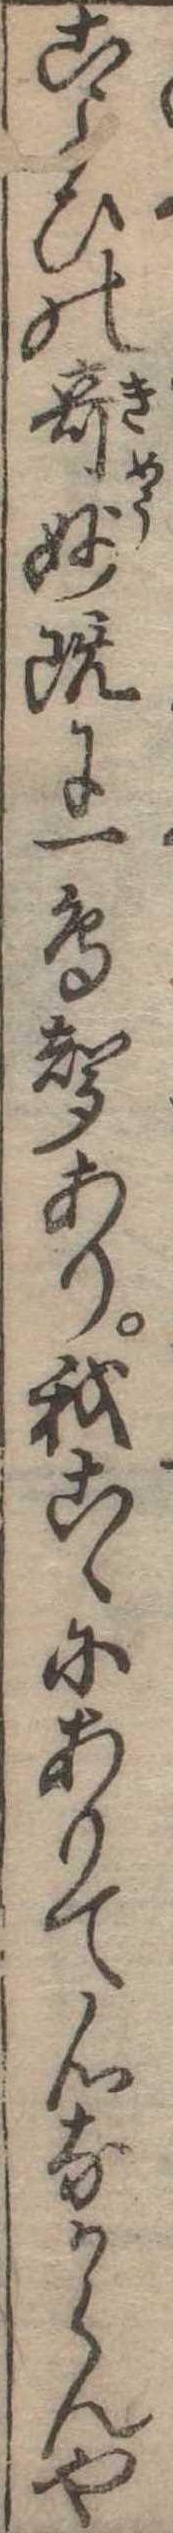
こよひの奇妙既に一鳥声あり我こゝにありて心なからんや